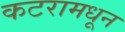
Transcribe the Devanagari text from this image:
कटरामधून